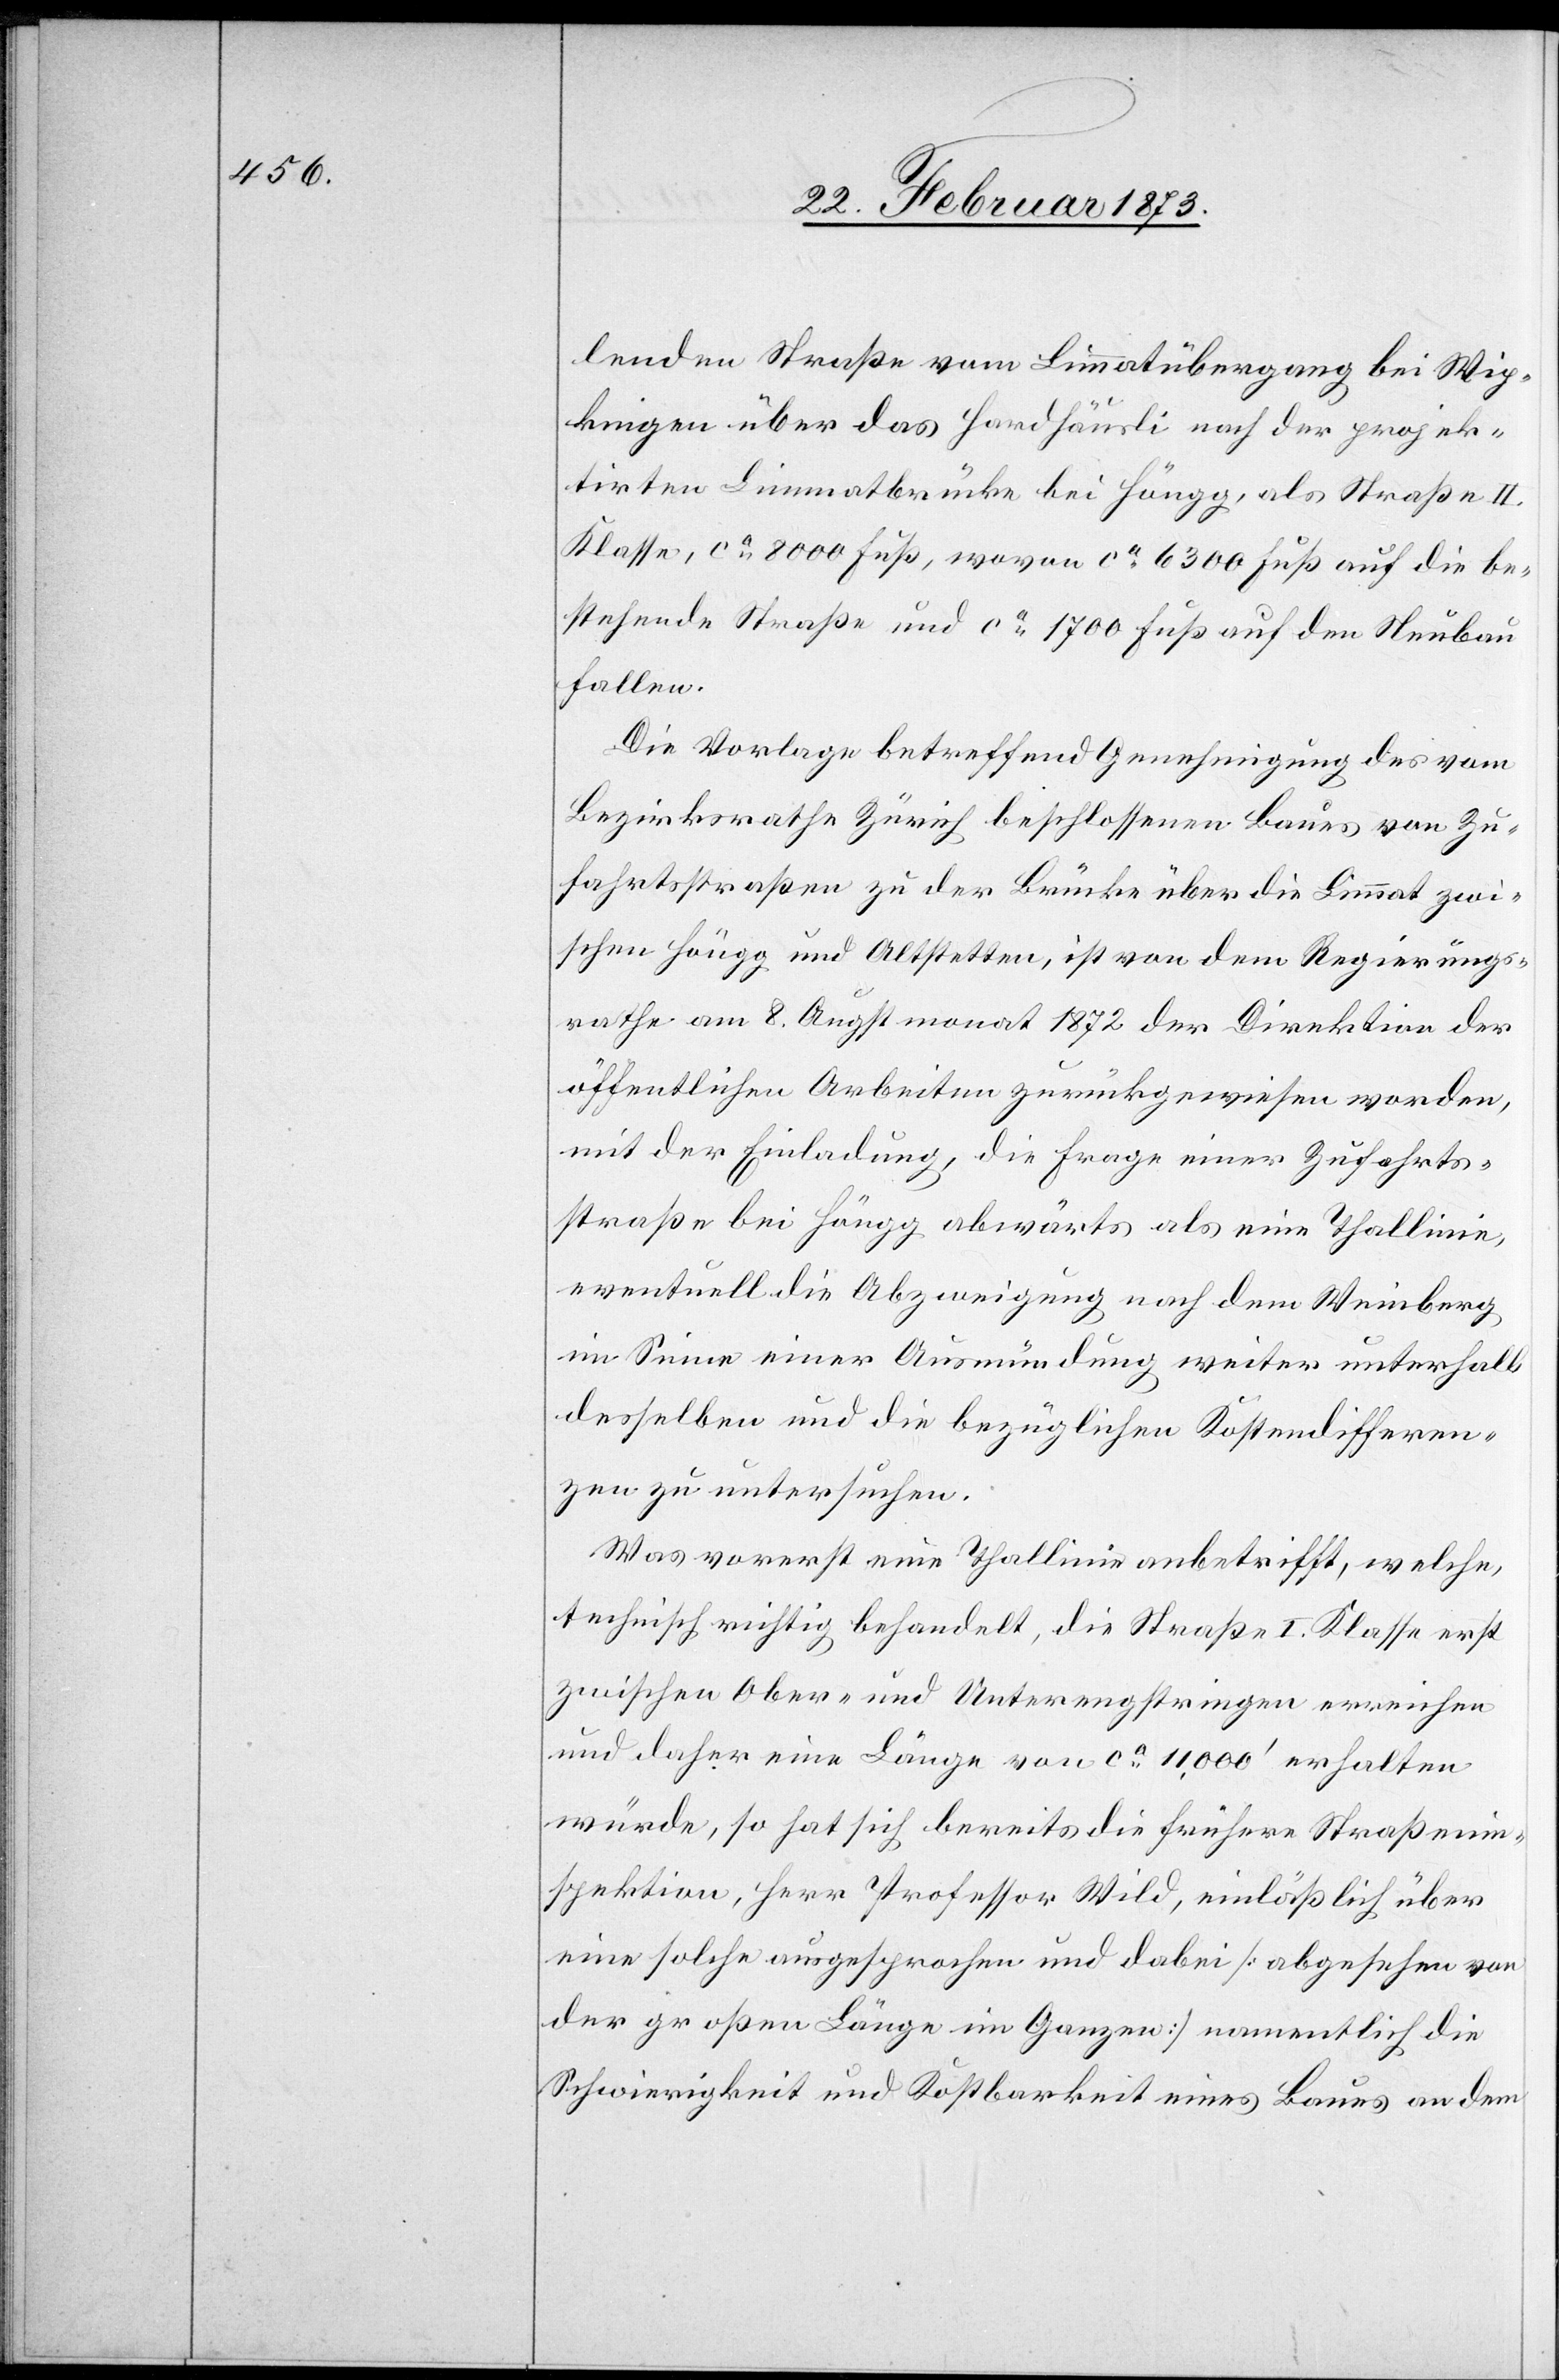
lenden Straße vom Limmatübergang bei Wip¬
kingen über das Hardhäusli nach der projek¬
tirten Limmatbrücke bei Höngg, als Straße II.
Klasse, ca 8000 Fuß, woran ca 6300 Fuß auf die be¬
stehende Straße und ca 1700 Fuß auf den Neubau
fallen.
Die Vorlage betreffend Genehmigung des vom
Bezirksrathe Zürich beschlossenen Baues von Zu¬
fahrtsstraßen zu der Brücke über die Limmat zwi¬
schen Höngg und Altstetten, ist von dem Regierungs¬
rathe am 8. Augstmonat 1872 der Direktion der
öffentlichen Arbeiten zurückgewiesen worden,
mit der Einladung, die Frage einer Zufahrts¬
straße bei Höngg abwärts als eine Thallinie,
eventuell die Abzweigung nach dem Weinberg
im Sinne einer Ausmündung weiter unterhalb
desselben und die bezüglichen Kostendifferen¬
zen zu untersuchen.
Was vorerst eine Thallinie anbetrifft, welche,
technisch richtig behandelt, die Straße I. Klasse erst
zwischen Ober- und Unterengstringen erreichen
und daher eine Länge von ca 11,000’ erhalten
würde, so hat sich bereits die frühere Straßenin¬
spektion, Herr Professor Wild, einläßlich über
eine solche ausgesprochen und dabei [abgesehen von
der großen Länge im Ganzen] namentlich die
Schwierigkeit und Kostbarkeit eines Baues an dem